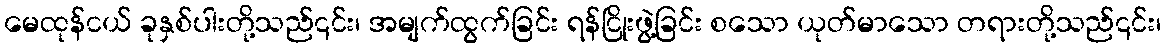
မေထုန်ငယ် ခုနှစ်ပါးတို့သည်၎င်း၊ အမျက်ထွက်ခြင်း ရန်ငြိုးဖွဲ့ခြင်း စသော ယုတ်မာသော တရားတို့သည်၎င်း၊